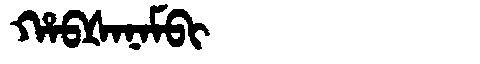
Manchu: ᡥᠠᠪᡧᠠᠨᠠᠮᠪᡳ
Romanization: HABŠANAMBI